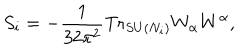
LaTeX: S _ { i } = - \frac { 1 } { 3 2 \pi ^ { 2 } } \mathrm { T r } _ { S U ( N _ { i } ) } W _ { \alpha } W ^ { \alpha } ,